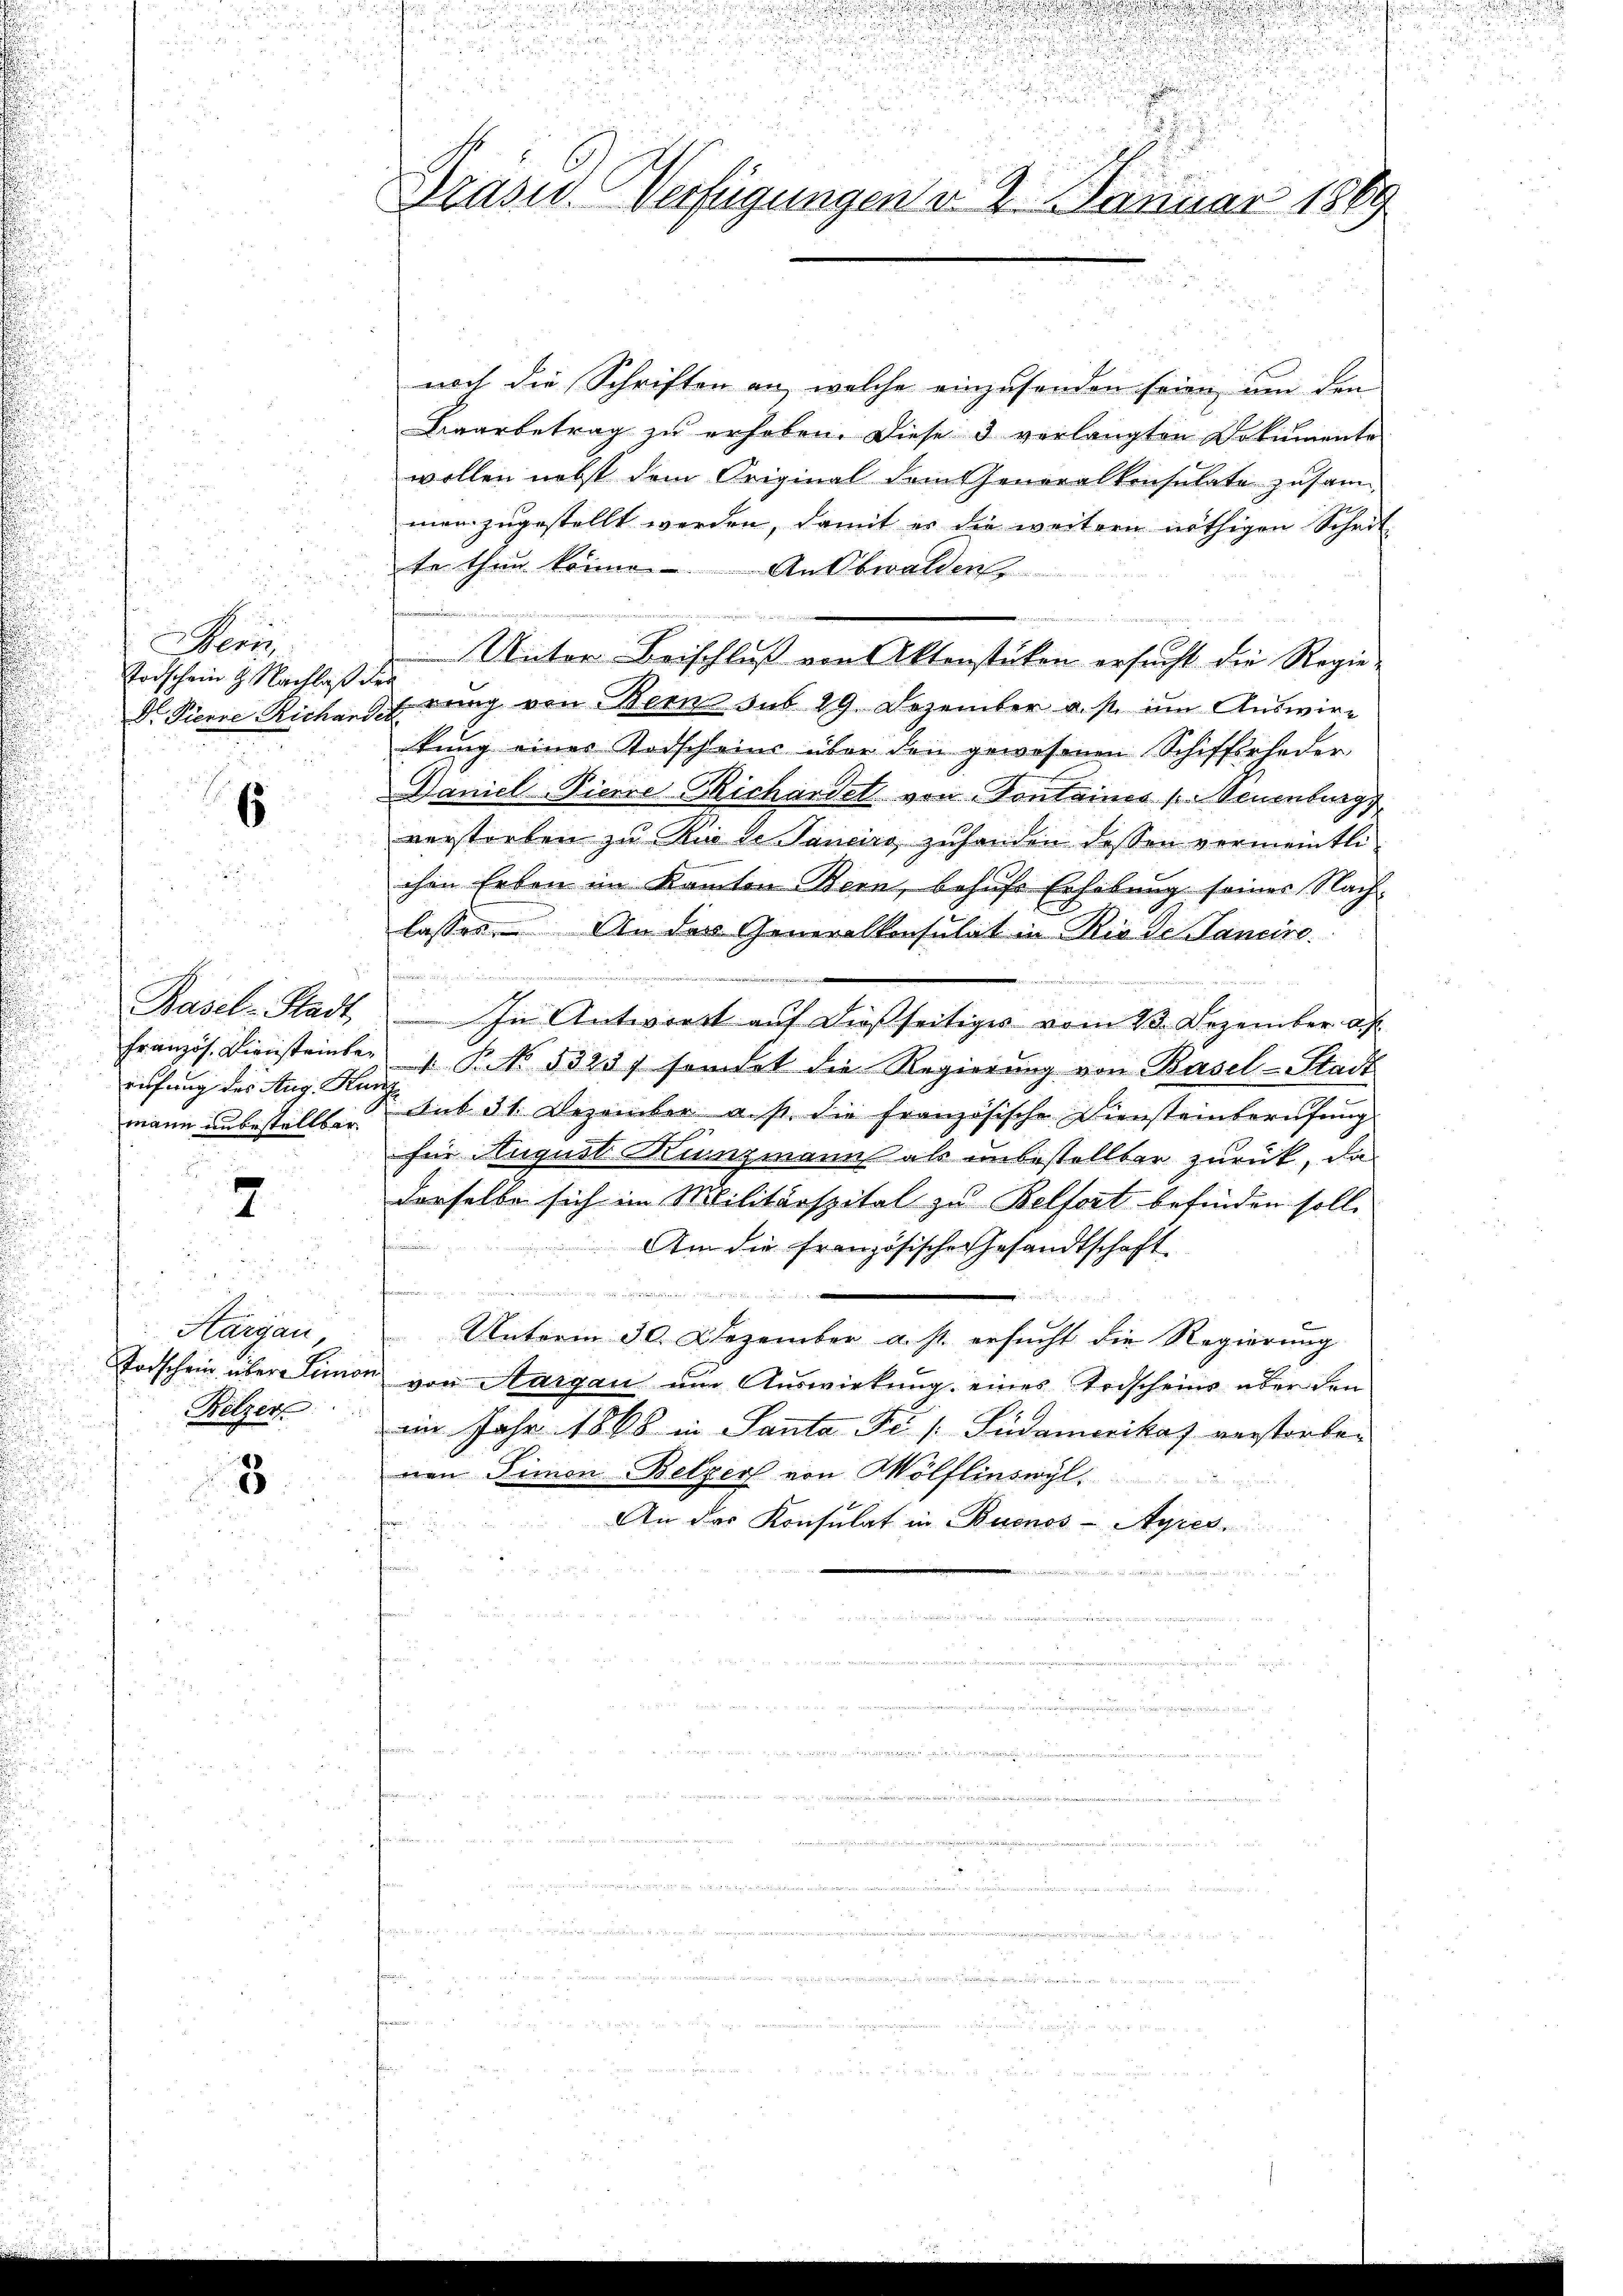
Wens
Todschein g. Nachlaß

6

u
Basel-Stadt,
Französ. Diensteinber
rifung des Aug. Au
mann unbestellbar.

7

Hargau,
Todschein über Limor
Belzer

8

f

s
d

Präsid. Verfügungen d. 2. Januar 1869

noch die Schriften an, welche einzusenden seien, um den
Bearbetrag zu erhoben. Diese 3 verlangten Dokumente
wollen nebst dem Original dem Generalkonsulate zusammen zugestellt werden, damit es die weitern nöthigen Schrit
te thun könne Ausbwalden
n
Unter Beischluß von Aktenstücken ersucht die Regie-
u
Dr Pierre Richardt ging von Bern sub 29. Dezember a. p. um Auswirkung eines Todscheins über den gewesenen Schifferfeder
Daniel Pierre Michandet von Kontaines (Neuenburg
verstorben zu Rio de Paneiro zuhanden dessen vermeintli
chen Erben im Kanton Bern, behufs Erhebung seines Nachlasses. An des Generalkonsulat in Rio de Sancire
e
In Antwort auf dießseitiges vom 23. Dezember a
 P. NNo. 53257 sondet die Regierung von Basel-Stadt
 hat 31. Dezember a. p. die französische Diensteinberufung
für August Kunzmanns als unbestellter zurück, da
derselbe sich im Militärspital zu Belfort befinden soll.
Am die französische Gesandtschaft.
f
 in
Unterm 30. Dezember a. s. ersucht die Regierung
 von Aargau um Auswirkung eines Todscheins aber den
ain Jahr 1868 in Santa Fe / Südamerikas verstorben
nen Simon Belzer von Wölflinswyl
An das Konsulat in Buenos-Ayres.